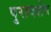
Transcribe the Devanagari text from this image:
पुरावशेप